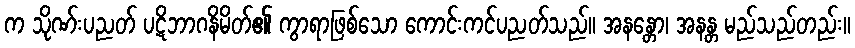
က သိုဏ်းပညတ် ပဋိဘာဂနိမိတ်၏ ကွာရာဖြစ်သော ကောင်းကင်ပညတ်သည်။ အနန္တော၊ အနန္တ မည်သည်တည်း။